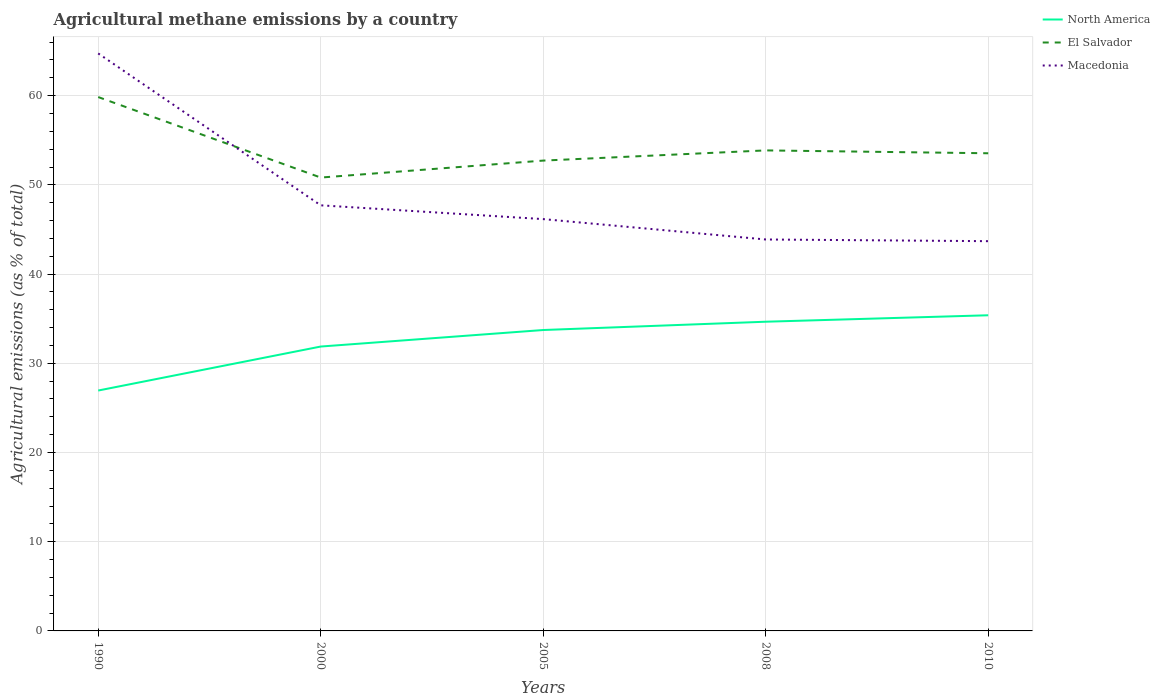
| Years | North America | El Salvador | Macedonia |
 | --- | --- | --- | --- |
 | 1990 | 26.9 | 59.8 | 64.7 |
 | 2000 | 31.9 | 50.8 | 47.7 |
 | 2005 | 33.7 | 52.7 | 46.2 |
 | 2008 | 34.7 | 53.9 | 43.9 |
 | 2010 | 35.4 | 53.5 | 43.7 |